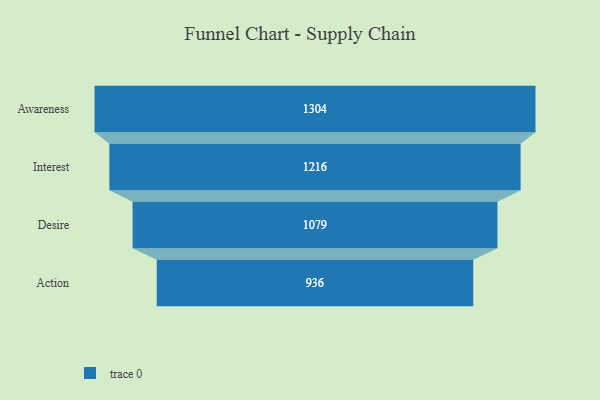
{"axis": {"x": "Stage", "y": "Value"}, "legend": [""], "data": [{"x": "Awareness", "y": 1304.0, "type": ""}, {"x": "Interest", "y": 1216.0, "type": ""}, {"x": "Desire", "y": 1079.0, "type": ""}, {"x": "Action", "y": 936.0, "type": ""}]}